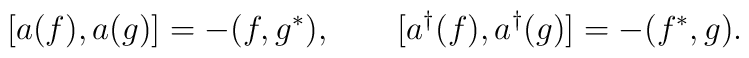
[a(f),a(g)]=-( f, g^*),\qquad[a^{\dagger}(f),a^{\dagger}(g)]=-( f^*, g).